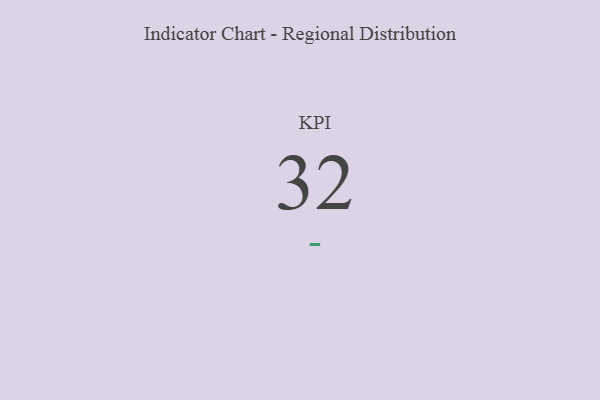
{"axis": {"x": "KPI", "y": "Value"}, "legend": [""], "data": [{"x": "KPI", "y": 32, "type": ""}]}